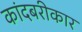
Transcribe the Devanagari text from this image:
कांदबरीकार